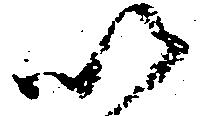
以